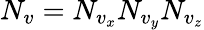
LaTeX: N_{v}=N_{v_{x}}N_{v_{y}}N_{v_{z}}